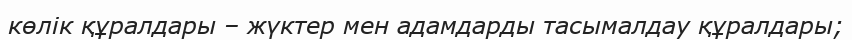
көлік құралдары – жүктер мен адамдарды тасымалдау құралдары;